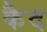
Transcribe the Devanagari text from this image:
कैेद